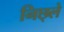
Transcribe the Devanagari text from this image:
निछ्ले